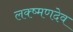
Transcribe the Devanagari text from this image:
लक्ष्‍मणदेव